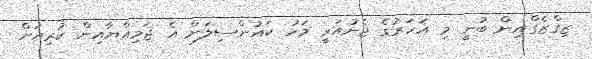
ޒިގްޒެގްއިން ބުނީ މި އަހަރުގެ ޖެނުއަރީ މަހު ކައުންސިލަށް އެ ޖަމިއްޔާއިން ކުރިއަށް